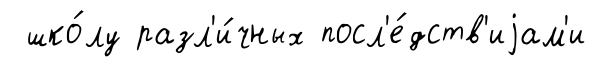
шко́лу разл'и́чных посл'е́дств'иjам'и